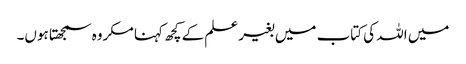
میں اللہ کی کتاب میں بغیر علم کے کچھ کہنا مکروہ سمجھتا ہوں۔